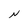
Character: N